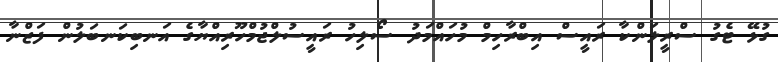
ގުޅޭ ޓެގު ސްރީލަންކާ ރައީސް އިބްރާހިމް މުހައްމަދު ސޯލިހު ރައީސުލްޖުމްހޫރިއްޔާގެ އަނބިކަނބަލުން ފަޒްނާ